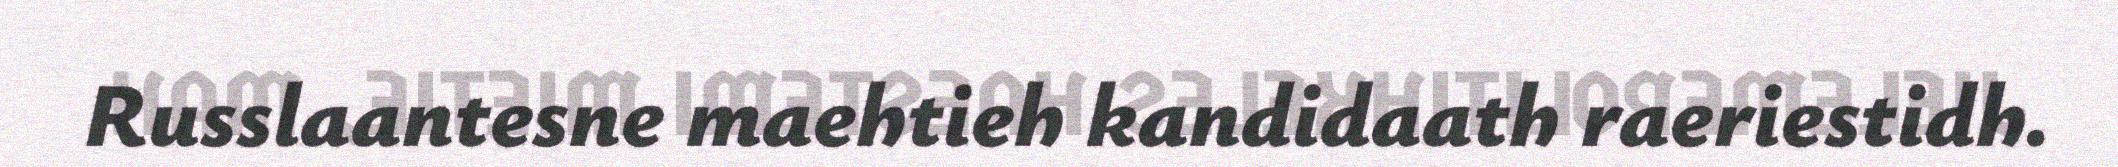
Russlaantesne maehtieh kandidaath raeriestidh.